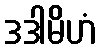
ဒဒါမိဟံ